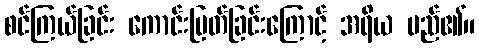
စင်ကြယ်ခြင်း ကောင်းမြတ်ခြင်းကြောင့် အရိယ မည်၏။